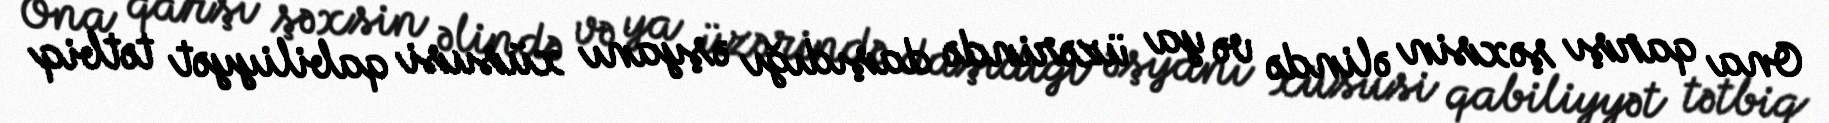
Ona qarşı şəxsin əlində və ya üzərində daşıdığı əşyanı xüsusi qabiliyyət tətbiq